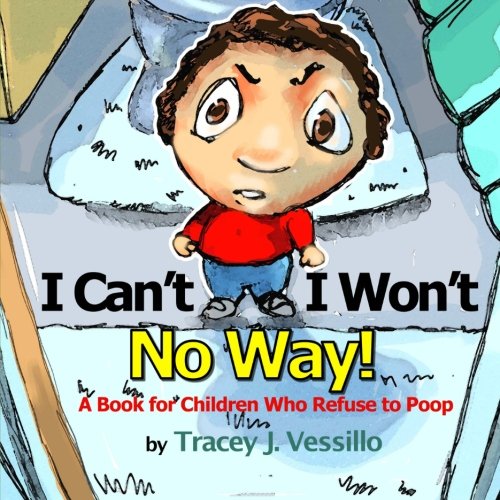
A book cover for I Can't, I Won't, No Way!: A Book For Children Who Refuse to Poop; Tracey J. Vessillo; Children's Books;